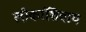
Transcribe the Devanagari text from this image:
लोकांशिवाय